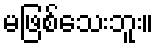
မဖြစ်သေးဘူး။